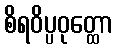
စိရဝိပ္ပဝုတ္ထော